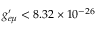
g _ { e \mu } ^ { \prime } < 8 . 3 2 \times 1 0 ^ { - 2 6 }